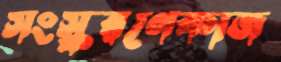
সংস্করণেকাজ